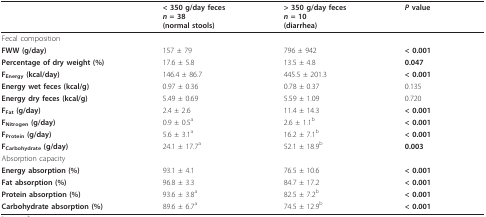
|  | < 350 g/day fecesn = 38(normal stools) | > 350 g/day fecesn = 10(diarrhea) | P value |
 | --- | --- | --- | --- |
 | <COLSPAN=4> Fecal composition |
 | FWW (g/day) | 157 ± 79 | 796 ± 942 | < 0.001 |
 | Percentage of dry weight (%) | 17.6 ± 5.8 | 13.5 ± 4.8 | 0.047 |
 | FEnergy (kcal/day) | 146.4 ± 86.7 | 445.5 ± 201.3 | < 0.001 |
 | Energy wet feces (kcal/g) | 0.97 ± 0.36 | 0.78 ± 0.37 | 0.135 |
 | Energy dry feces (kcal/g) | 5.49 ± 0.69 | 5.59 ± 1.09 | 0.720 |
 | FFat (g/day) | 2.4 ± 2.6 | 11.4 ± 14.3 | < 0.001 |
 | FNitrogen (g/day) | 0.9 ± 0.5a | 2.6 ± 1.1b | < 0.001 |
 | FProtein (g/day) | 5.6 ± 3.1a | 16.2 ± 7.1b | < 0.001 |
 | FCarbohydrate (g/day) | 24.1 ± 17.7a | 52.1 ± 18.9b | 0.003 |
 | <COLSPAN=4> Absorption capacity |
 | Energy absorption (%) | 93.1 ± 4.1 | 76.5 ± 10.6 | < 0.001 |
 | Fat absorption (%) | 96.8 ± 3.3 | 84.7 ± 17.2 | < 0.001 |
 | Protein absorption (%) | 93.6 ± 3.8a | 82.5 ± 7.2b | < 0.001 |
 | Carbohydrate absorption (%) | 89.6 ± 6.7a | 74.5 ± 12.9b | < 0.001 |